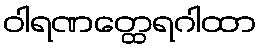
ဝါရဏတ္ထေရဂါထာ